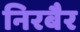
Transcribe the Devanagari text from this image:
निरबैर